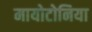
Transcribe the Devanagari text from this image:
मायोटोनिया